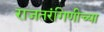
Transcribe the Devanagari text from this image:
राजतरंगिणीच्या